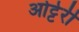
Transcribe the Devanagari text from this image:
ओट्टेरी